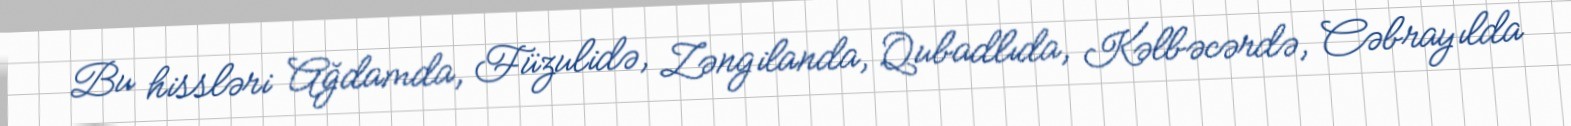
Bu hissləri Ağdamda, Füzulidə, Zəngilanda, Qubadlıda, Kəlbəcərdə, Cəbrayılda